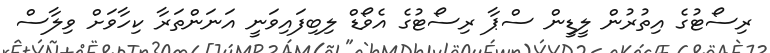
ރިސޯޓުގެ އިތުރުން ލީޑީން ސްޕާ ރިސޯޓުގެ އެވޯޑް ލިބިފައިވަނީ އަނަންތަރާ ކިހާވަށް ވިލާސް